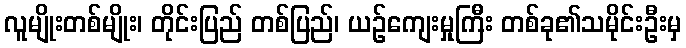
လူမျိုးတစ်မျိုး၊ တိုင်းပြည် တစ်ပြည်၊ ယဉ်ကျေးမှုကြီး တစ်ခု၏သမိုင်းဦးမှ